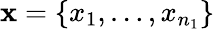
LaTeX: \mathbf x=\{ x_{1},\dots,x_{n_{1}}\}